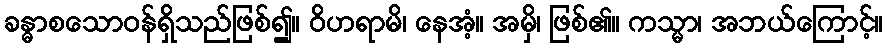
ခန္ဓာစသောဝန်ရှိသည်ဖြစ်၍။ ဝိဟရာမိ၊ နေအံ့။ အမှိ၊ ဖြစ်၏။ ကသ္မာ၊ အဘယ်ကြောင့်။